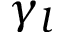
\gamma _ { l }